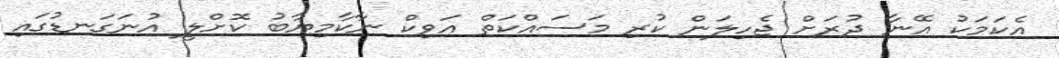
އެކަމަކު އޭނާ ދުރަށް ޖެހިލަން ކުރި މަސައްކަތް އަވިކް ނާކާމިޔާބު ކޮށްލީ އުނަގަނޑުގައި